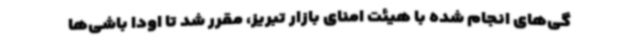
گی‌های انجام شده با هیئت امنای بازار تبریز، مقرر شد تا اودا باشی‌ها